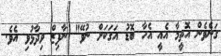
ގަނެވެން އޮތީމާ އެއީ އެހާ ބޮޑު އަގަކަށް ނުވޭ" ނާފިޒް ވިދާޅުވި އެވެ.